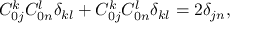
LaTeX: C _ { 0 j } ^ { k } C _ { 0 n } ^ { l } \delta _ { k l } + C _ { 0 j } ^ { k } C _ { 0 n } ^ { l } \delta _ { k l } = 2 \delta _ { j n } ,